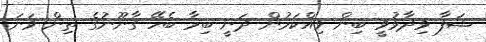
ޝަފާ ވިދާޅުވީ ބިން ވިއްކަމުން ދަނީ ބިމާ ބެހޭ ގާނޫނުގެ ތިން ވަނަ